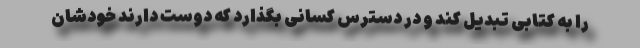
را به کتابی تبدیل کند و در دسترس کسانی بگذارد که دوست دارند خودشان